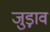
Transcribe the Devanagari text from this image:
जुड़ा़व